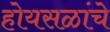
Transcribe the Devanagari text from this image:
होयसळांचे